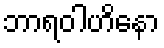
ဘာရဝါဟိနော